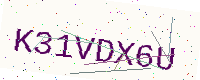
Text: K31VDX6U